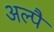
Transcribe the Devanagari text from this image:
अल्पै